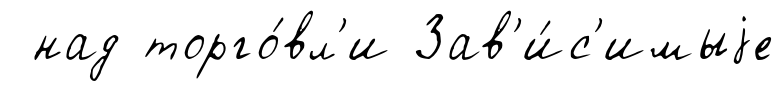
над торго́вл'и Зав'и́с'имыjе